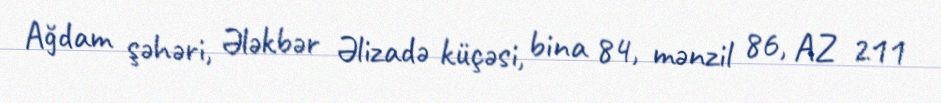
Ağdam şəhəri, Ələkbər Əlizadə küçəsi, bina 84, mənzil 86, AZ 211